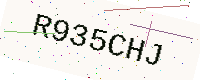
Text: R935CHJ